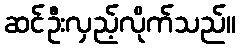
ဆင်ဦးလှည့်လိုက်သည်။